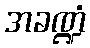
အခဏ္ဍံ